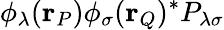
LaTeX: \phi_{\lambda}(\mathbf{r}_{P})\phi_{\sigma}(\mathbf{r}_{Q})^{*}P_{\lambda\sigma}